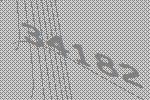
34182